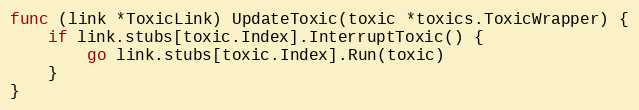
Language: Go
func (link *ToxicLink) UpdateToxic(toxic *toxics.ToxicWrapper) {
	if link.stubs[toxic.Index].InterruptToxic() {
		go link.stubs[toxic.Index].Run(toxic)
	}
}